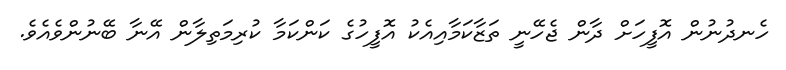
ހެނދުނުން އޮފީހަށް ދާން ޖެހޭނީ ތަޒާކަމާއިއެކު އޮފީހުގެ ކަންކަމާ ކުރިމަތިލާން އޭނާ ބޭނުންވެއެވެ.